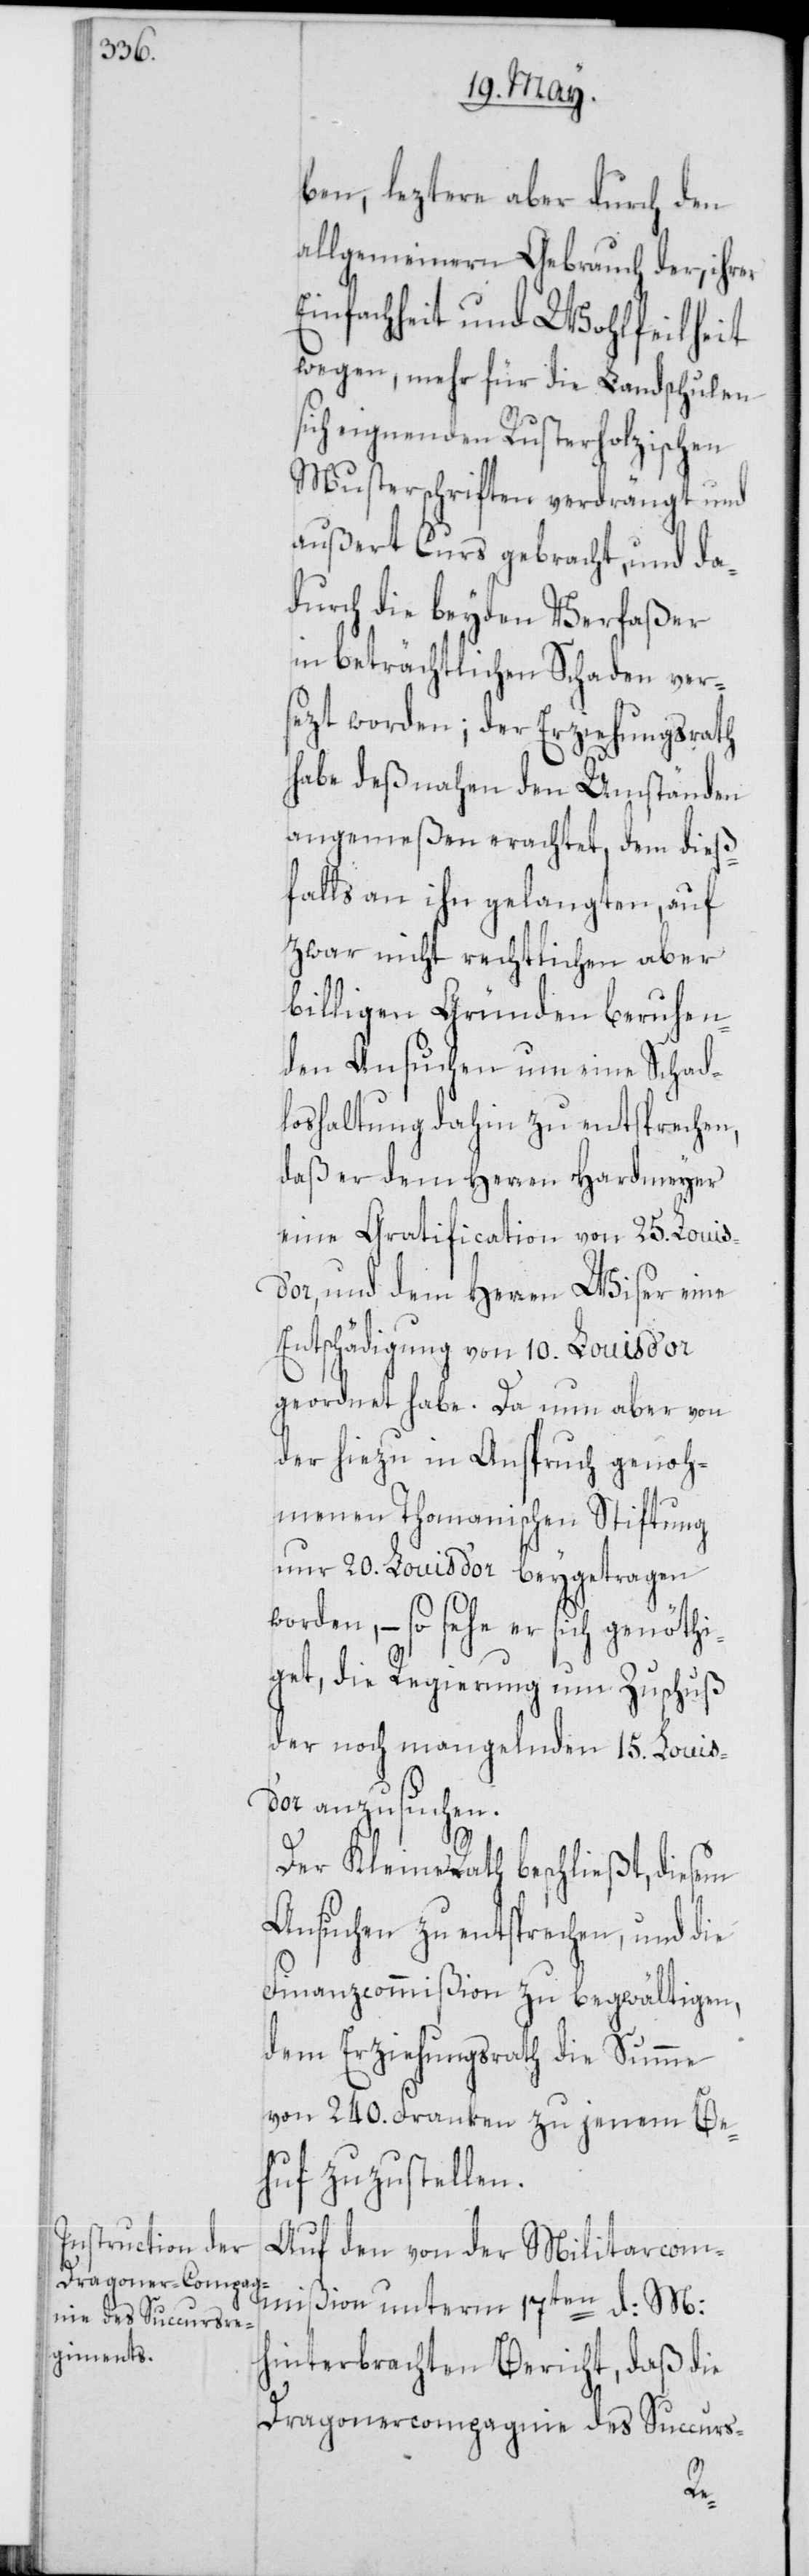
ben, leztere aber durch den
allgemeinern Gebrauch der, ihrer
Einfachheit und Wohlfeilheit
wegen, mehr für die Landschulen
sich eignenden Rusterholzischen
Musterschriften verdrängt, und
außert Curs gebracht, und da¬
durch die beyden Verfaßer
in beträchtlichen Schaden vers¬
ezt worden; der Erziehungsrath
habe deßnahen den Umständen
angemeßen erachtet, dem dieß¬
falls an ihn gelangten, auf
zwar nicht rechtlichen aber
billigen Gründen beruhen¬
den Ansuchen um eine Schad¬
loshaltung dahin zu entsprechen,
daß er dem Herren Hardmeyer
eine Gratification von 25. Louis
und dem Herren Wiser eine
Entschädigung von 10. Louis d’or
geordnet habe. Da nun aber von
der hiezu in Anspruch genoh¬
menen Thomanischen Stiftung
nur 20. Louis d’or beygetragen
worden, – so sehe er sich genöthi¬
get, die Regierung um Zuschuß
der noch mangelnden 15. Louis
anzusuchen.
Der Kleine Rath beschließt, diesem
Ansuchen zu entsprechen, und die
Finanzcommißion zu begwältigen,
dem Erziehungsrath die Summe
von 240. Franken zu jenem Be¬
huf zuzustellen.
Auf den von der Militarcom¬
mißion unterm 17ten d: M:
hinterbrachten Bericht, daß die
Dragonercompagnie des Succurs-